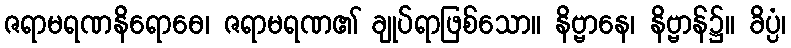
ဇရာမရဏနိရောဓေ၊ ဇရာမရဏ၏ ချုပ်ရာဖြစ်သော။ နိဗ္ဗာနေ၊ နိဗ္ဗာန်၌။ ခိပ္ပံ၊